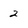
Character: 2